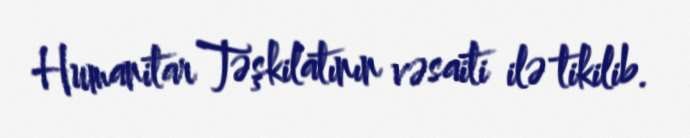
Humanitar Təşkilatının vəsaiti ilə tikilib.